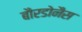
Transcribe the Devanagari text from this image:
बौरडोनैस